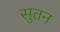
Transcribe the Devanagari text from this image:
सुतन